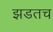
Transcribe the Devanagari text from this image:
झडतच